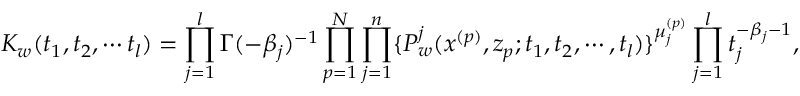
K _ { w } ( t _ { 1 } , t _ { 2 } , \cdots t _ { l } ) = \prod _ { j = 1 } ^ { l } \Gamma ( - \beta _ { j } ) ^ { - 1 } \prod _ { p = 1 } ^ { N } \prod _ { j = 1 } ^ { n } \{ P _ { w } ^ { j } ( x ^ { ( p ) } , z _ { p } ; t _ { 1 } , t _ { 2 } , \cdots , t _ { l } ) \} ^ { \mu _ { j } ^ { ( p ) } } \prod _ { j = 1 } ^ { l } t _ { j } ^ { - \beta _ { j } - 1 } ,